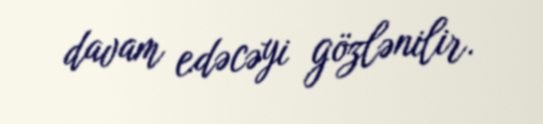
davam edəcəyi gözlənilir.